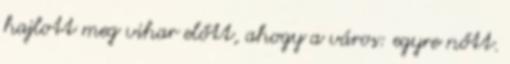
hajlott meg vihar előtt, ahogy a város: egyre nőtt.